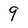
Character: 9